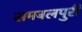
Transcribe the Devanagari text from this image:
समबलपुरी